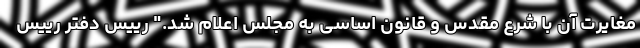
مغایرت آن با شرع مقدس و قانون اساسی به مجلس اعلام شد." رییس دفتر رییس